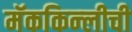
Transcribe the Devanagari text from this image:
मॅककिन्लीची